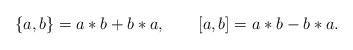
LaTeX: \begin{align*} \{ a, b \} = a \ast b + b \ast a, \qquad [ a, b ] = a \ast b - b \ast a. \end{align*}